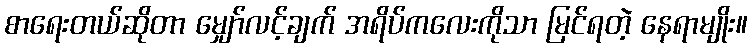
စာရေးတယ်ဆိုတာ မျှော်လင့်ချက် အရိပ်ကလေးကိုသာ မြင်ရတဲ့ နေရာမျိုး။